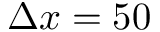
\Delta x = 5 0